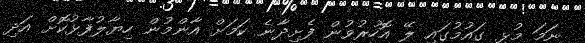
ނަމަ މުޅި ގައުމުގައި ލޭ އޮހުރުވުން ފެށިދާނެ ކަމަށް އާންމުން ހިޔާލުފާޅުކޮށް އަދި